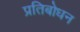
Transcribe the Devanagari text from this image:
प्रतिबोधन